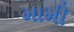
મામી